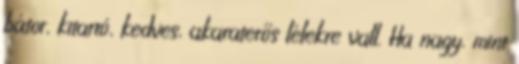
bátor, kitartó, kedves, akaraterős lélekre vall. Ha nagy, mint